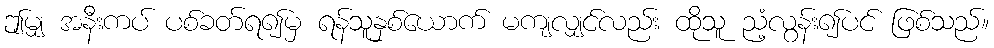
ဤမျှ အနီးကပ် ပစ်ခတ်ရ၍မှ ရန်သူနှစ်ယောက် မကျလျှင်လည်း ထိုသူ ညံ့လွန်း၍ပင် ဖြစ်သည်။